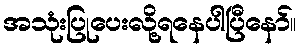
အသုံးပြုပေးလို့ရနေပါပြီနော်။